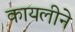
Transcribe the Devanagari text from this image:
कायलीने